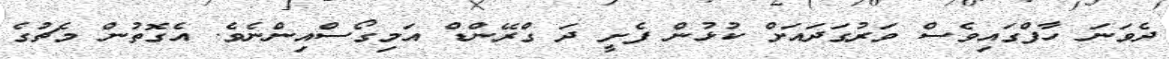
ދެވަނަ ހާފްގައިވެސް ވަރުގަދައަށް ކުޅުން ފެށީ ދަ ގްރޭންޑް އަމިގޯސްއިންނެވެ. އެގޮތުން މެޗުގެ